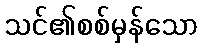
သင်၏စစ်မှန်သော